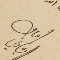
امين الريحاني